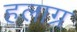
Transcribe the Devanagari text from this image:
हलाग्र